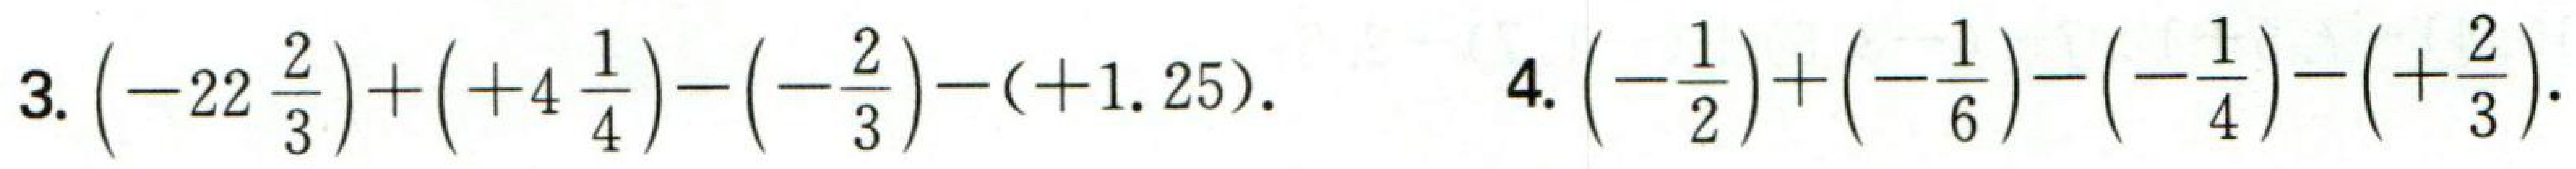
3. \(\left(-22\frac{2}{3}\right)+\left( + 4\frac{1}{4}\right)-\left(-\frac{2}{3}\right)-(+1.25)\).
4. \(\left(-\frac{1}{2}\right)+\left(-\frac{1}{6}\right)-\left(-\frac{1}{4}\right)-\left(+\frac{2}{3}\right)\).